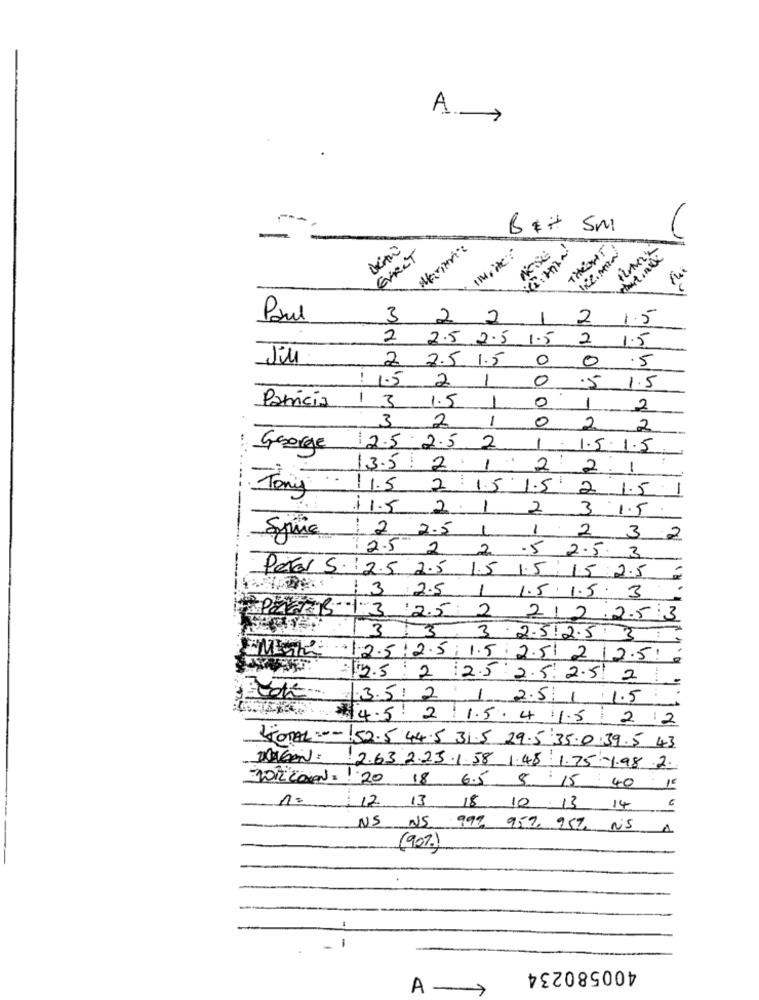
A
B& + SM
EVRCT
IM, HC :
THRONT
Paul
3 2 2
1
2
1.5
2 2.5 2.5 1.5 2 1.5
Jil
2 7.5 1.5
0
0
.5
1
0
1.5 2
5 1.5
--
0
Patrícia
13
1.5 1
1
2
3
2 1
0
2 2
George
2.5 2.5 2
1.1.5. 1.5
.....
13.52 1 2 2.1
..
11.5 2 1.5 1.5 2 1.5
--
Tony
$1.5 2. 1 2 3 1.5
Syrie
1 2. 2.5 1 1 2 3 2
2.5 2 2 .5 2.5. 3
Peter S 2.5 2.5 1.5 1.5. 15 2.5
13 2.5 | 1.5.1.5. 3
PETER.1.3 2.5 2 212 .2.53
3.3.3.2.512.53
MIT: 12.5 : 2.5.1.5. 2.51 2 12.5.
2.5 2 :2.5 2.5. 2.51 21
3.5 2 1 2.5 1 1.5
$4.5 2:1.5. 4 1.5 2 2
TOTAL :-- 52.5 44.5 31.5 29.5.35.0.39.5 43
DOUGAN: 2.63.2.23.1.58 1.48. 1.75 -1.98 2.
1012 CON: 1 20 18 6.5 $ 15 40 15
1. 12 13 18 10 13 14
NS NS 999 957, 957 NS
1
(90%)
-
-
400580234
A